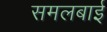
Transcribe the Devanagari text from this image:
समलबाई